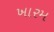
ખારમ